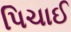
પિચાઈ